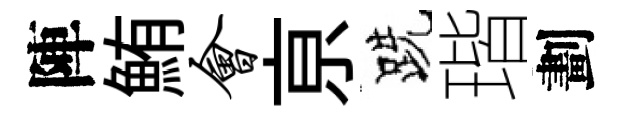
陣鮪会亰跣瑎劃